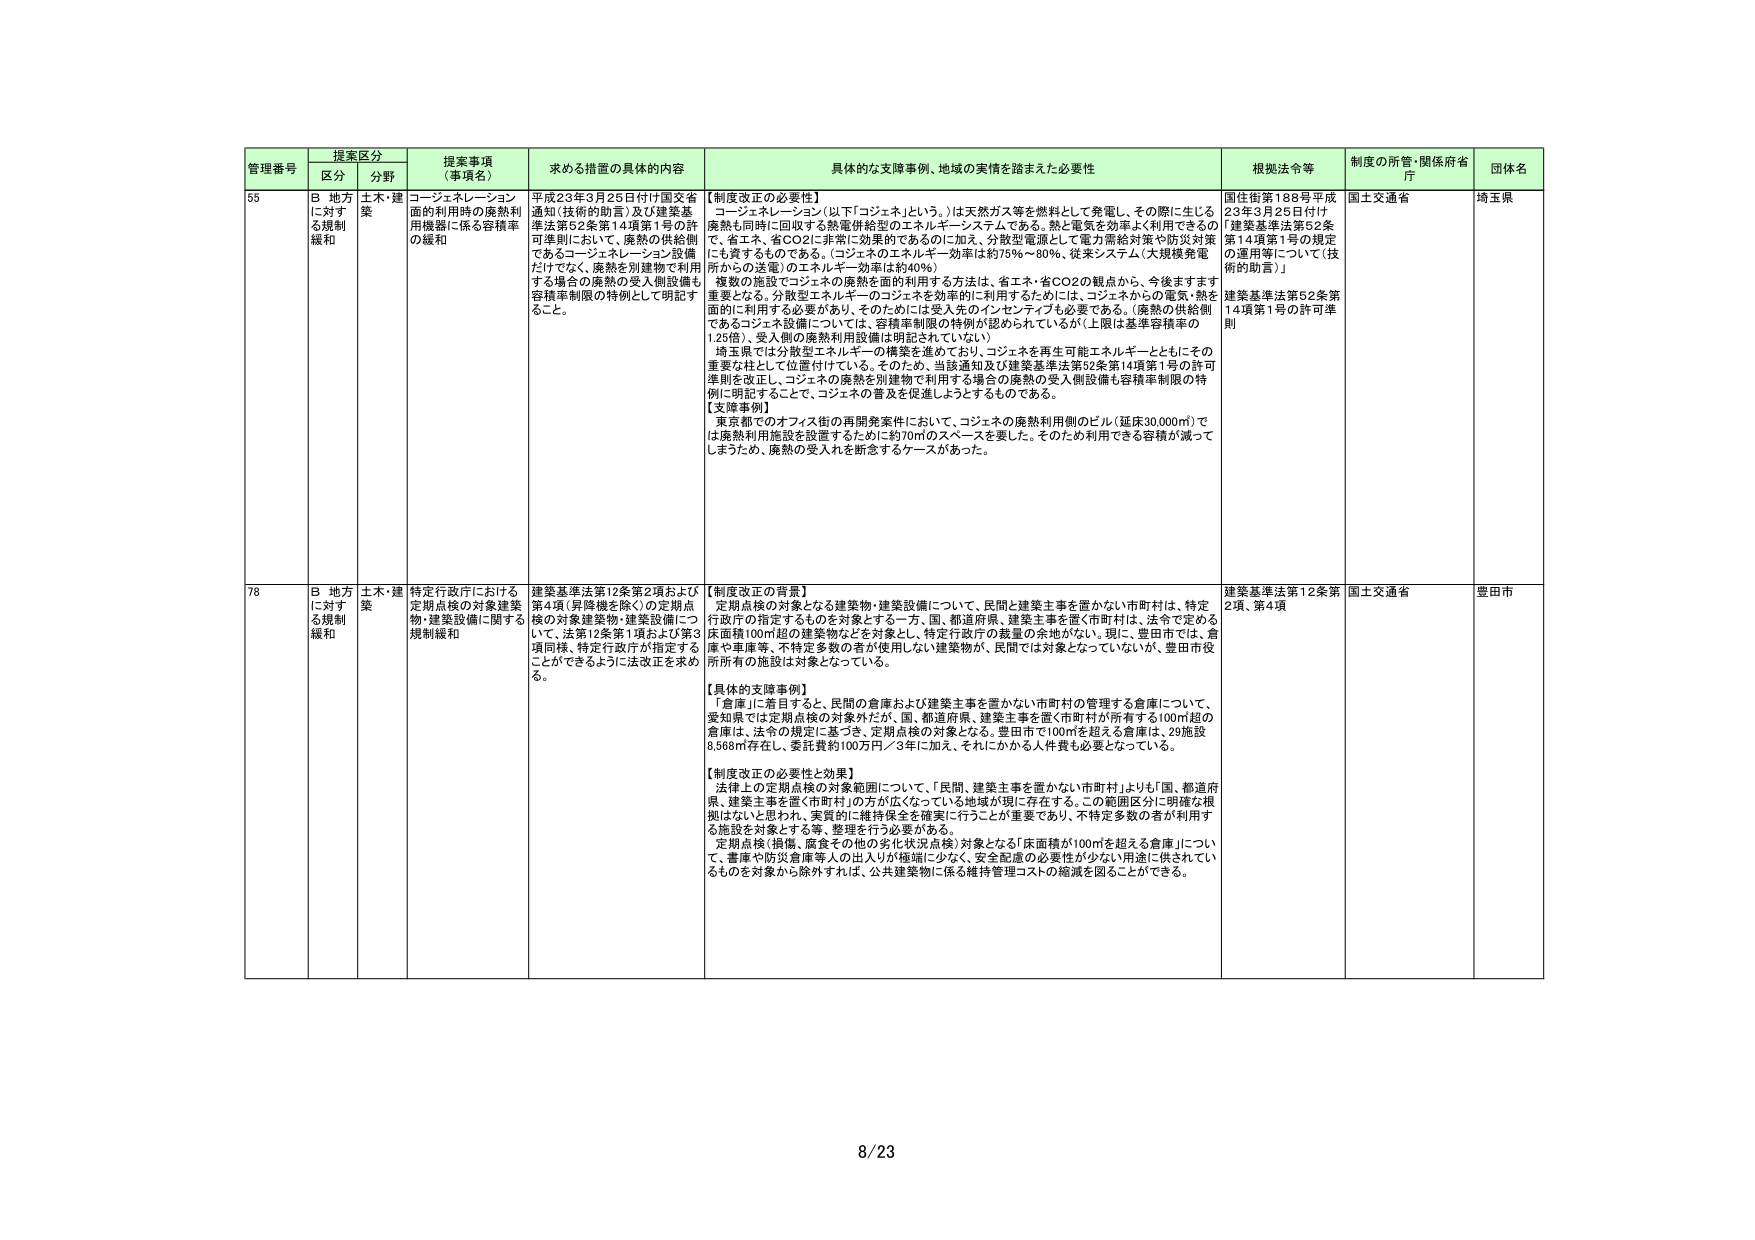
管理番号 提案区分 提案事項（事項名） 求める措置の具体的内容 具体的な支援事例、地域の実情を踏まえた必要性 根拠法令等 制度の所管・関係府省庁 団体名
区分 分野
55 B 地方に対する規制緩和 土木・建築 コージェネレーション面の利用時の廃熱利用機器に係る容積率の緩和 平成23年3月25日付け国交省通知（技術的助言）及び建築基準法第52条第14項第1号の許可準則において、廃熱の供給側であるコージェネレーション設備だけでなく、廃熱を別建物で利用する場合の廃熱の受入側設備も容積率制限の特例として明記すること。 【制度改正の必要性】 コージェネレーション（以下「コジェネ」という。）は天然ガス等を燃料として発電し、その際に生じる廃熱も同時に回収する熱電併給型のエネルギー・システムである。熱と電気を効率よく利用できるので、省エネ、省CO2に非常に効果的であるのに加え、分散型電源として電力需給対策や防災対策にも資するものである。（コジェネのエネルギー効率は約75％～80％、従来システム（大規模発電所からの送電）のエネルギー効率は約40％） 複数の施設でコジェネの廃熱を面的利用する方法は、省エネ・省CO2の観点から、今後ますます重要となる。分散型エネルギーのコジェネを効率的に利用するためには、コジェネからの電気・熱を面的に利用する必要があり、そのためには受入先のインセンティブも必要である。（廃熱の供給側であるコジェネ設備については、容積率制限の特例が認められているが（上限は基準容積率の1.25倍）、受入側の廃熱利用設備は明記されていない） 埼玉県では分散型エネルギーの構築を進めており、コジェネを再生可能エネルギーとともにその重要な柱として位置付けている。そのため、当該通知及び建築基準法第52条第14項第1号の許可準則を改正し、コジェネの廃熱を別建物で利用する場合の廃熱の受入側設備も容積率制限の特例に明記することで、コジェネの普及を促進しようとするものである。 【支援事例】 東京都でのオフィス街の再開発案件において、コジェネの廃熱利用側のビル（延床30,000㎡）では廃熱利用施設を設置するために約70㎡のスペースを要した。そのため利用できる容積が減ってしまったため、廃熱の受入れを断念するケースがあった。 国住街第188号平成23年3月25日付け「建築基準法第52条第14項第1号の規定の運用等について（技術的助言）」 建築基準法第52条第14項第1号の許可準則 国土交通省 埼玉県
78 B 地方に対する規制緩和 土木・建築 特定行政庁における定期点検の対象建築物・建築設備に関する規制緩和 建築基準法第12条第2項および第4項（昇降機を除く）の定期点検の対象建築物・建築設備について、法第12条第1項および第3項同様、特定行政庁が指定することができるように法改正を求める。 【制度改正の背景】 定期点検の対象となる建築物・建築設備について、民間と建築主事を置かない市町村は、特定行政庁の指定するものを対象とする一方、国、都道府県、建築主事を置く市町村は、法令で定める床面積100㎡超の建築物などを対象とし、特定行政庁の裁量の余地がない。現に、豊田市では、倉庫や車庫等、不特定多数の者が使用しない建築物が、民間では対象となっていないが、豊田市役所所有の施設は対象となっている。 【具体的支援事例】 「倉庫」に着目すると、民間の倉庫および建築主事を置かない市町村の管理する倉庫について、愛知県では定期点検の対象外だが、国、都道府県、建築主事を置く市町村が所有する100㎡超の倉庫は、法令の規定に基づき、定期点検の対象となる。豊田市で100㎡を超える倉庫は、29施設8,568㎡存在し、委託費約100万円／3年に加え、それにかかる人件費も必要となっている。 【制度改正の必要性と効果】 法律上の定期点検の対象範囲について、「民間、建築主事を置かない市町村」よりも「国、都道府県、建築主事を置く市町村」の方が広くなっている地域が現に存在する。この範囲区分に明確な根拠はないとと思われ、実質的に維持保全を確実に行うことが重要であり、不特定多数の者が利用する施設を対象とする等、整理を行う必要がある。 定期点検（損傷、腐食その他の劣化状況点検）対象となる「床面積が100㎡を超える倉庫」について、倉庫や防災倉庫等の出入りが極端に少なく、安全配慮の必要性が少ない用途に供されているものを対象から除外すれば、公共建築物に係る維持管理コストの縮減を図ることができる。 建築基準法第12条第2項、第4項 国土交通省 豊田市
8/23